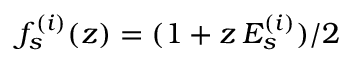
f _ { s } ^ { ( i ) } ( z ) = ( { 1 + z \, E _ { s } ^ { ( i ) } } ) / { 2 }